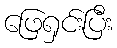
ဖြေရှင်းပြီး